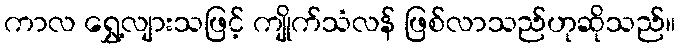
ကာလ ရွှေ့လျားသဖြင့် ကျိုက်သံလန် ဖြစ်လာသည်ဟုဆိုသည်။